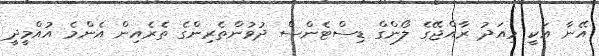
އޭނާ އަކީ މިއަދު ރާއްޖޭގެ ލޯންގް ޑިސްޓެންސް ދުވުންތެރިންގެ ތެރެއިން އެންމެ އުއްމީދީ